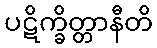
ပဋိက္ခိတ္တာနီတိ